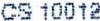
CS 10012